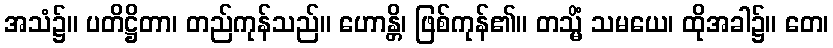
အသံ၌။ ပတိဋ္ဌိတာ၊ တည်ကုန်သည်။ ဟောန္တိ၊ ဖြစ်ကုန်၏။ တသ္မိံ သမယေ၊ ထိုအခါ၌။ တေ၊